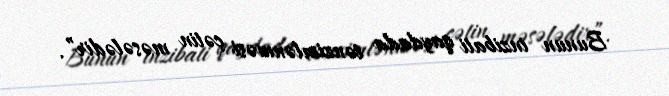
Bunun inzibati qaydada tənzimlənməsi çətin məsələdir”.